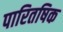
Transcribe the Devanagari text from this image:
पारितषिक